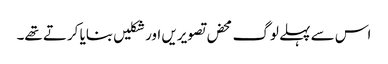
اس سے پہلے لوگ محض تصویریں اور شکلیں بنایا کرتے تھے۔